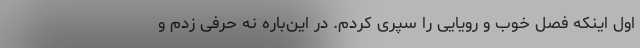
اول اینکه فصل خوب و رویایی را سپری کردم. در این‌باره نه حرفی زدم و